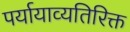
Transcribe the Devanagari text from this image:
पर्यायाव्यतिरिक्त